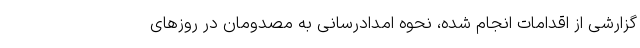
گزارشی از اقدامات انجام شده، نحوه امدادرسانی به مصدومان در روزهای